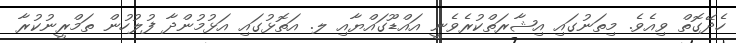
ހެދޭގޮތް ވިއެވެ. މިތަނުގައި އިޝާރަތްކުރެވެނީ އައްޑޫގައްޔާއި ލ. އަތޮޅުގައި އަޅުމުންދާ ފުލުހުން ތަމްރީނުކުރާ